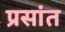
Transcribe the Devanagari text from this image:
प्रसांत